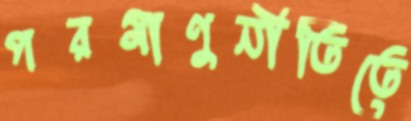
পরমাণুনীতিতে